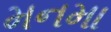
મનમા